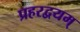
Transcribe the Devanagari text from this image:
प्रहरद्वयम्